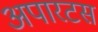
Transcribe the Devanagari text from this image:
अपारटस